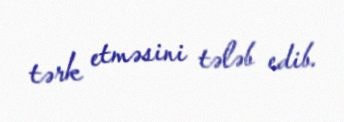
tərk etməsini tələb edib.